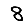
Digit: 8